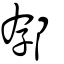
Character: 𨚲